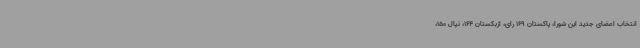
انتخاب اعضای جدید این شورا، پاکستان 169 رای، ازبکستان 164، نپال 150،